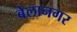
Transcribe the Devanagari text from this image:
बेलानगर